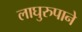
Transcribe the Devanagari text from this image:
लाघुरुपाने